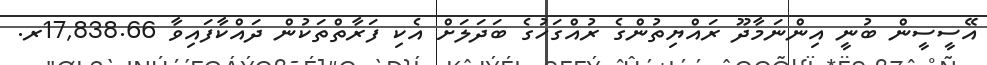
އޭސީސީން ބުނީ އިންނަމާދޫ ރައްޔިތުންގެ ރުއްގަހުގެ ބަދަލަށް އެކި ފަރާތްތަކުން ދައްކާފައިވާ 17